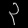
Digit: ၃